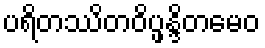
ပရိတဿိတဝိပ္ဖန္ဒိတမေဝ